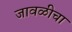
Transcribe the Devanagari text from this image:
जावळीचा